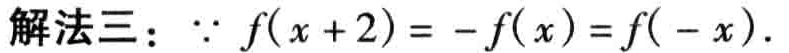
解法三：\(\because f(x + 2)= - f(x)=f( - x)\).